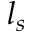
l _ { s }